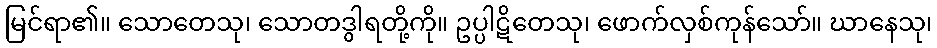
မြင်ရာ၏။ သောတေသု၊ သောတဒွါရတို့ကို။ ဥပ္ပါဋိတေသု၊ ဖောက်လှစ်ကုန်သော်။ ဃာနေသု၊